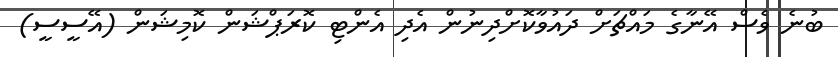
ބުނެ ވެސް އޭނާގެ މައްޗަށް ދައުވާކޮށްދިނުން އެދި އެންޓި ކޮރަޕްޝަން ކޮމިޝަން (އޭސީސީ)